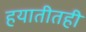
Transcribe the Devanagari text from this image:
हयातीतही